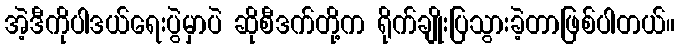
အဲ့ဒီကိုပါဒယ်ရေးပွဲမှာပဲ ဆိုစီဒက်တို့က ရိုက်ချိုးပြသွားခဲ့တာဖြစ်ပါတယ်။